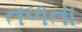
તળતા